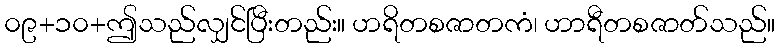
၀၉+၁၀+ဤသည်လျှင်ပြီးတည်း။ ဟရိတစဇာတကံ၊ ဟာရီတစဇာတ်သည်။